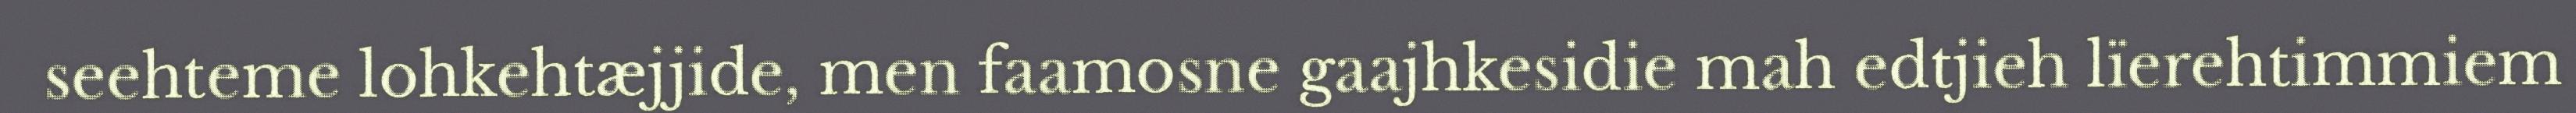
seehteme lohkehtæjjide, men faamosne gaajhkesidie mah edtjieh lïerehtimmiem